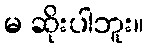
မ ဆိုးပါဘူး။